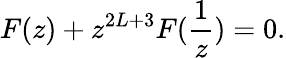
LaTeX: F(z)+z^{2L+3}F(\frac{1}{z})=0.